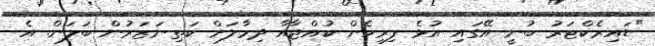
"ޑައިރެކްޓަރު ބުނީ އޭގައި އުޅެ ފިރިހެން ކުއްޖާއާ ދިމާލަށް ކަތިނަޒަރުން ބަލަން. އެ